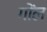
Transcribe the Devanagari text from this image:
गोंल